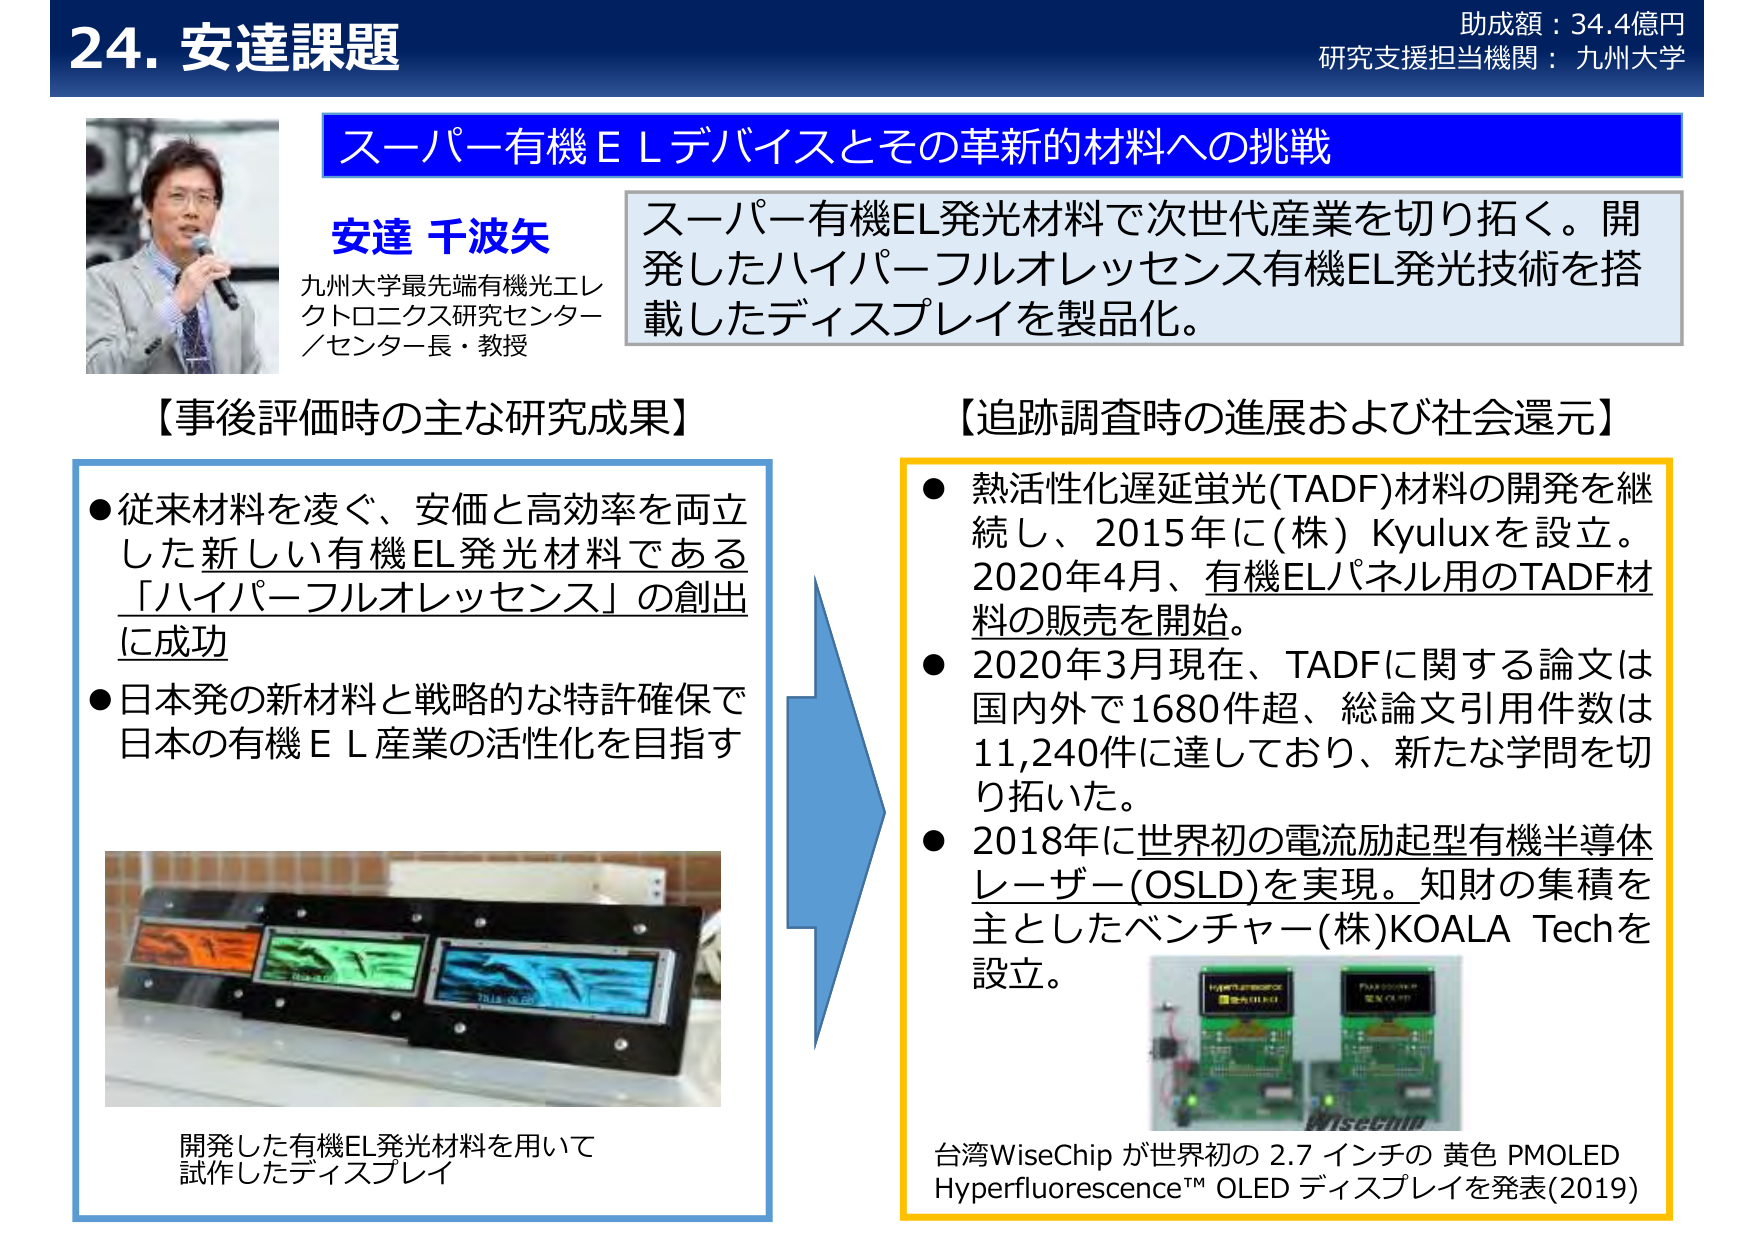
24. 安達課題
助成額：34.4億円
研究支援担当機関：九州大学

スーパー有機ＥＬデバイスとその革新的材料への挑戦

安達 千波矢
九州大学最先端有機光エレクトロニクス研究センター
／センター長・教授

スーパー有機EL発光材料で次世代産業を切り拓く。開発したハイパーフルオレッセンス有機EL発光技術を搭載したディスプレイを製品化。

【事後評価時の主な研究成果】
● 従来材料を凌ぐ、安価と高効率を両立した新しい有機EL発光材料である「ハイパーフルオレッセンス」の創出に成功
● 日本発の新材料と戦略的な特許確保で日本の有機ＥＬ産業の活性化を目指す

開発した有機EL発光材料を用いて試作したディスプレイ

【追跡調査時の進展および社会還元】
● 熱活性化遅延蛍光(TADF)材料の開発を継続し、2015年に(株)Kyuluxを設立。2020年4月、有機ELパネル用のTADF材料の販売を開始。
● 2020年3月現在、TADFに関する論文は国内外で1680件超、総論文引用件数は11,240件に達しており、新たな学問を切り拓いた。
● 2018年に世界初の電流励起型有機半導体レーザー(OSLD)を実現。知財の集積を主としたベンチャー(株)KOALA Techを設立。

台湾WiseChip が世界初の 2.7 インチの 黄色 PMOLED Hyperfluorescence™ OLED ディスプレイを発表(2019)